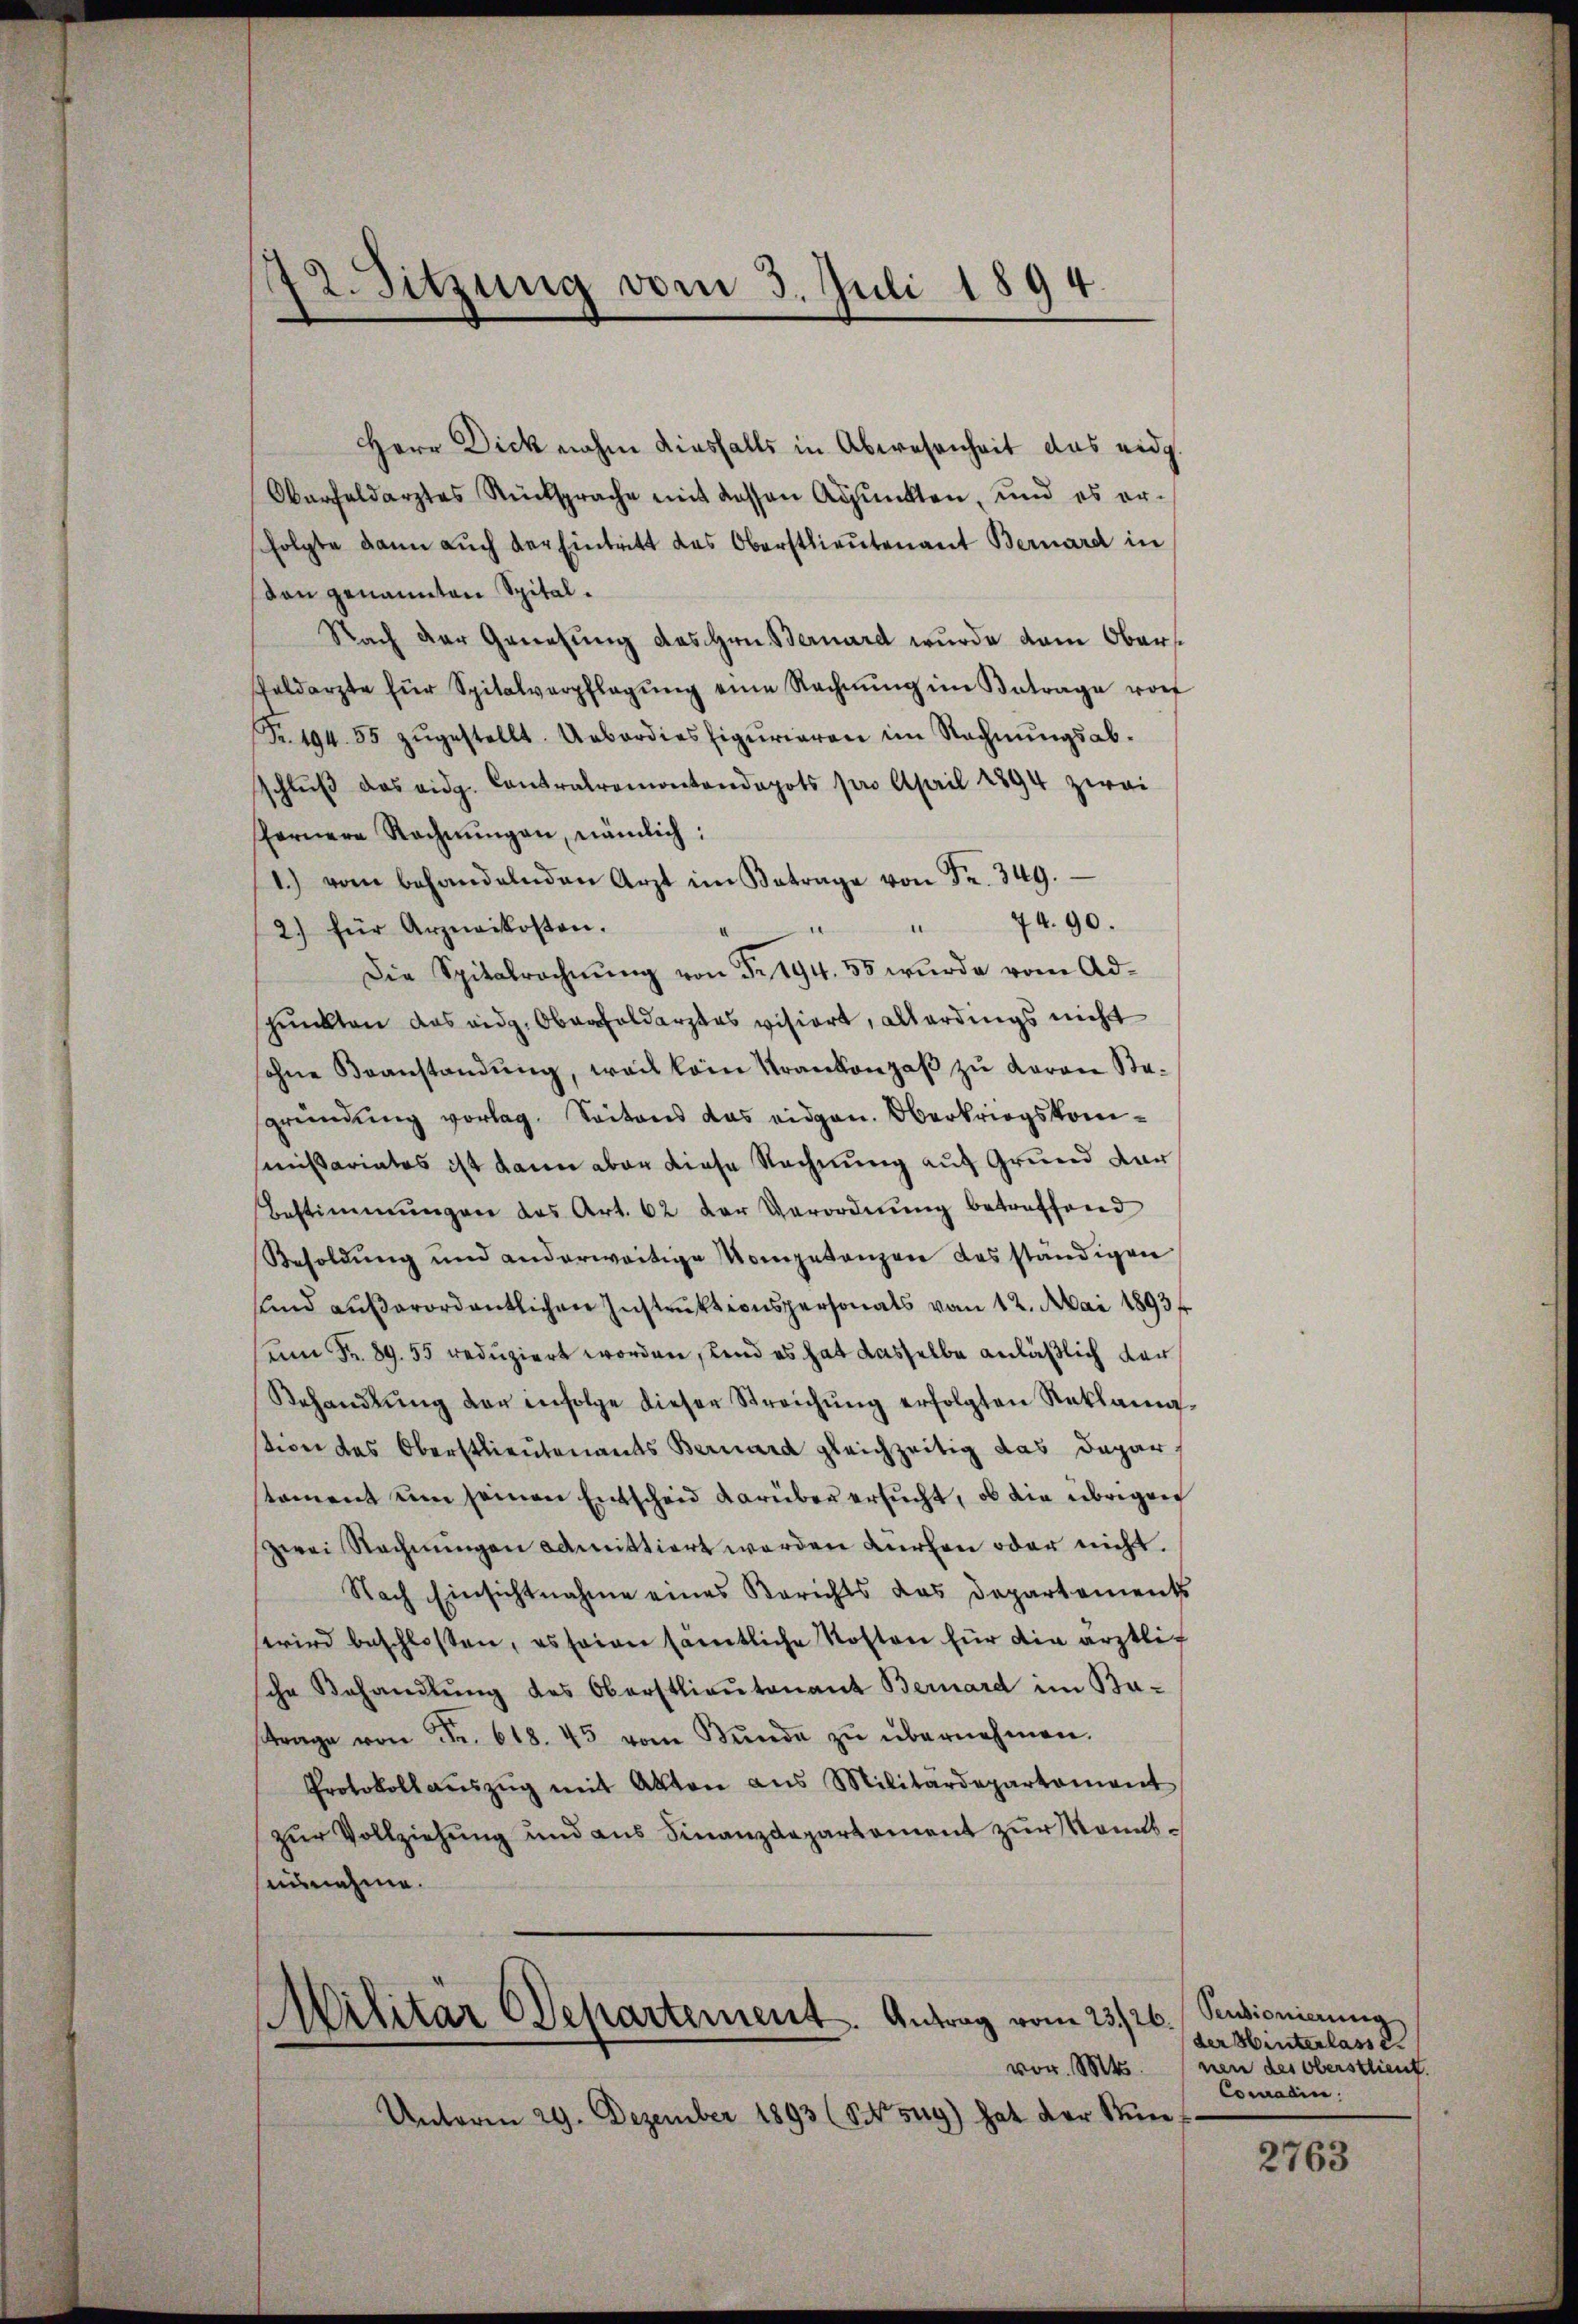
72. Sitzung vom 3. Juli 1894.

Herr Dick nahm diesfalls in Abwesenheit das eidg
Oberfaldarztes Rücksprache mit dessen Adjunkten, und es er-
folgte dann auch der Eintritt das Oberstlieutenant Bernard in
don genannten Spital¬
Nach der Genehmig des Hrn. Bernard wurde dem Obers
sfeldarzte für Spitalverpflegŭng eine Rechnŭng im Betrage vor
Fr. 194. 55 zŭgestellt. Ueberdies figuriaren im Rechnŭngsab-
schlŭβ das eidg. Contralremontendepots pro April 1894 zwei
fernere Rechnungen, nämlich:
1.) vom behandelnden Arzt im Betrage von Fr. 349.
44. 90.
u
2) für Arzneikosten.
Die Spitalrechnŭng von Fr. 194. 55 wurde vom Ad-
punkten das eidg. Oberfeldarztes visiert, allerdings nicht
ohne Beanstandŭng, weil kein Krankonzes zu daran Stasgründung vorlag. Seitens das eidgen. Oberkriegskomsmißariates ist kann aber diese Rechnung auf Grund dar
Bestimmungen des Art. 62 der Verordnŭng betreffend
Besoldung und anderweitige Kompetenzen das ständigen
sund außerordentlichen Instruktionspersonals vom 12. Mai 1893
um Fr. 89. 55 reduziert worden, und es hat dasselbe anläßlich der
Behandlŭng der infolge dieser Streichŭng erfolgten Reklama-
tion des Oberstlieutenants Bernard gleichzeitig das Depar
toment um seinen Entscheid darüber ersŭcht, ob die übrigen
zwei Rechnungen admittiert werden dürfen oder nicht.
Nach Einsichtnahme eines Berichts das Departements
wird beschlossen, es seien sämtliche Kosten für die ärztlic
sche Behandlŭng des Oberstlieutenant Bernard im Bu-
trage von Fr. 618. 45 vom Bŭnde zŭ übernehmen.
Protokoll aŭszŭg mit Akten aus Militärdepartement
zur Vollziehung und aus Finanzdepartement zur Kontsausnehme.

Militär CDepartement. Antrag vom 23./26.
vor. Mts.

Unterm 29. Dezember 1893 (Song) hat der Stun¬

Pensionierung
der Hinterlasse.
nen des Oberstlieut.
Comadin.

2763